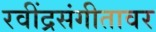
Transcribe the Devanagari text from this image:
रवींद्रसंगीतावर